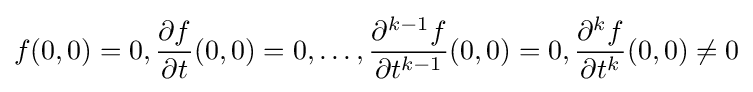
f(0,0)=0,{\partial f \over \partial t}(0,0)=0,\dots ,{\partial ^{k-1}f \over \partial t^{k-1}}(0,0)=0,{\partial ^{k}f \over \partial t^{k}}(0,0)\neq 0